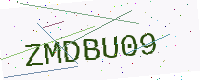
Text: ZMDBU09